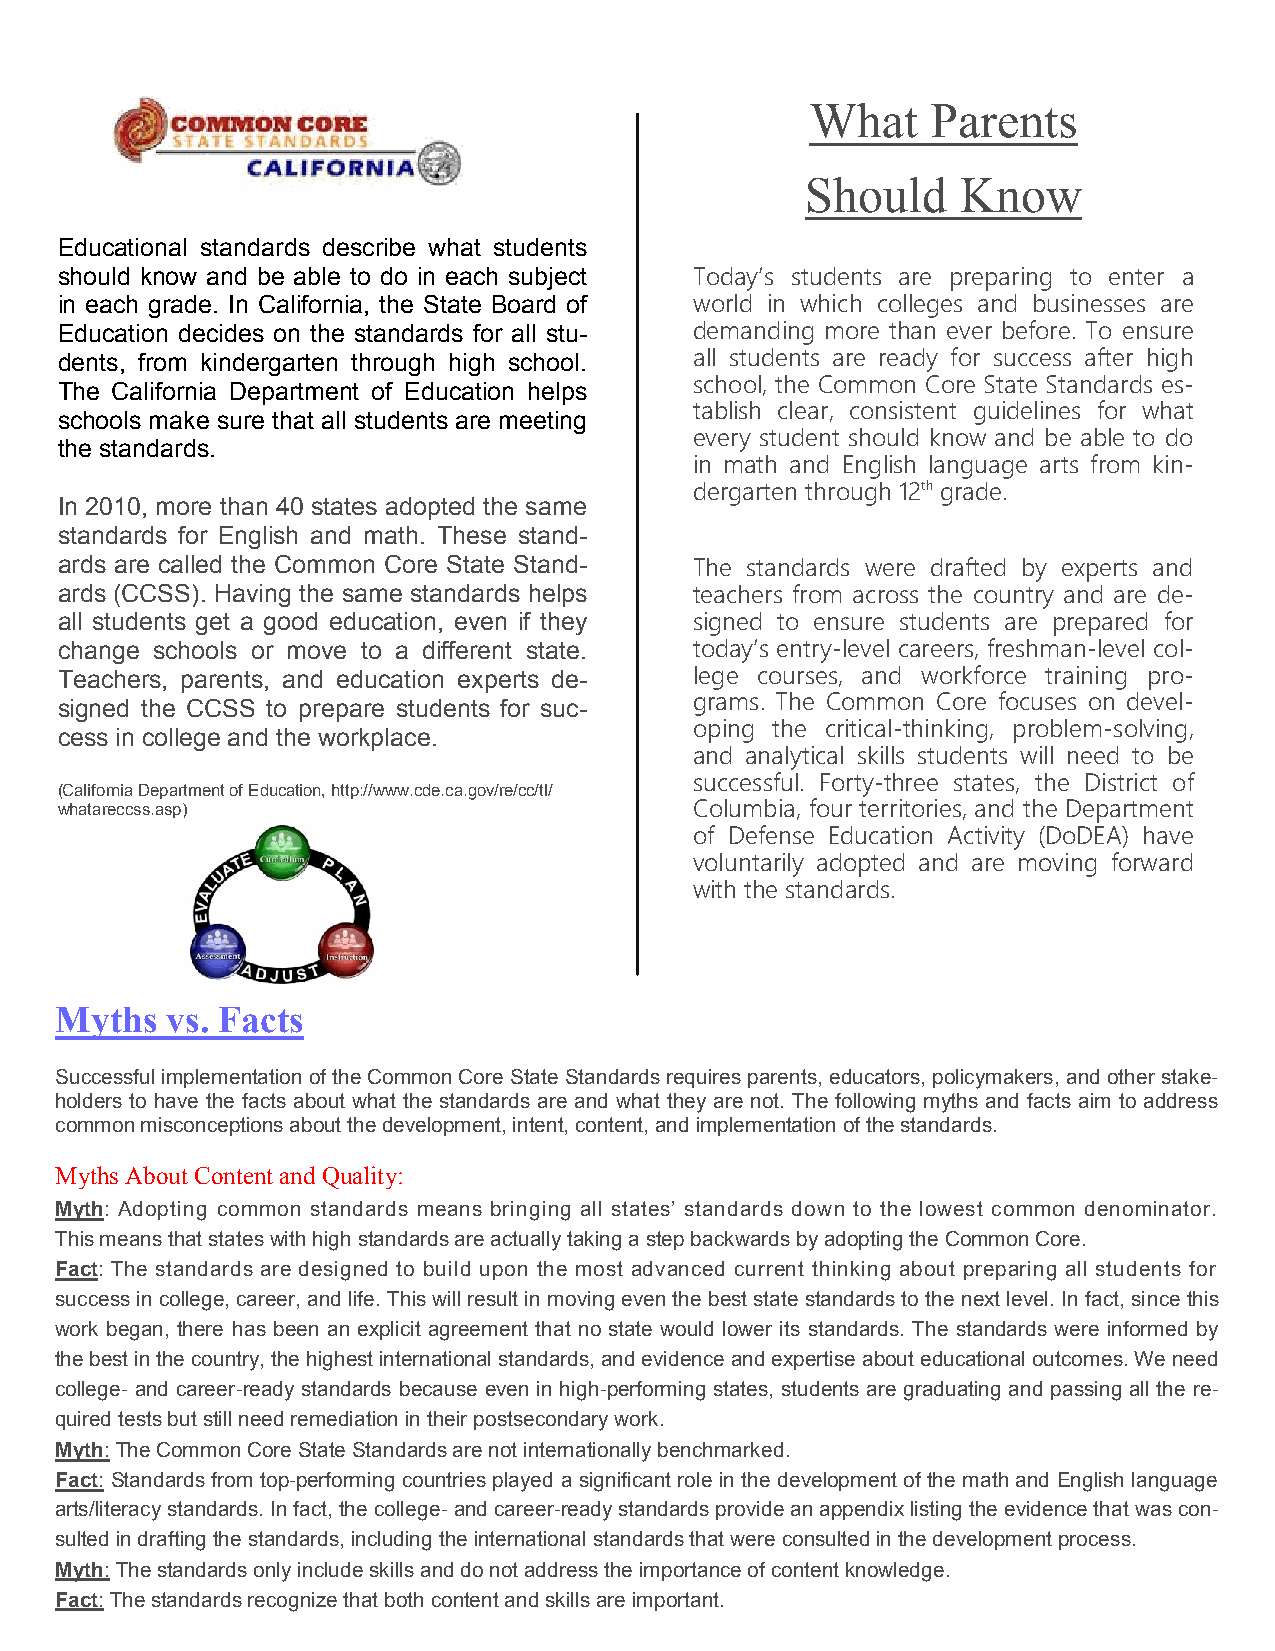
What    Parents
 Should     Know
 Educational standards describe what students
 should know and be able to do in each subject Today’s students are preparing to enter a
 in each grade. In California, the State Board of world in which colleges and businesses are
 Education decides on the standards for all stu- demanding more than ever before. To ensure
 dents, from kindergarten through high school. all students are ready for success after high
 school, the Common Core State Standards es-
 The California Department of Education helps
 tablish clear, consistent guidelines for what
 schools make sure that all students are meeting
 every student should know and be able to do
 the standards.
 in math and English language arts from kin-
 dergarten through 12th grade.
 In 2010, more than 40 states adopted the same
 standards for English and math. These stand-
 ards are called the Common Core State Stand- The standards were drafted by experts and
 ards (CCSS). Having the same standards helps teachers from across the country and are de-
 all students get a good education, even if they signed to ensure students are prepared for
 change schools or move to a different state. today’s entry-level careers, freshman-level col-
 Teachers, parents, and education experts de- lege courses, and workforce training pro-
 grams. The Common Core focuses on devel-
 signed the CCSS to prepare students for suc-
 oping the critical-thinking, problem-solving,
 cess in college and the workplace.
 and analytical skills students will need to be
 successful. Forty-three states, the District of
 (California Department of Education, http://www.cde.ca.gov/re/cc/tl/
 whatareccss.asp)                          Columbia, four territories, and the Department
 of Defense Education Activity (DoDEA) have
 voluntarily adopted and are moving forward
 with the standards.
 Myths  vs. Facts
 Successful implementation of the Common Core State Standards requires parents, educators, policymakers, and other stake-
 holders to have the facts about what the standards are and what they are not. The following myths and facts aim to address
 common misconceptions about the development, intent, content, and implementation of the standards.
 Myths About Content and Quality:
 Myth: Adopting common standards means bringing all states’ standards down to the lowest common denominator.
 This means that states with high standards are actually taking a step backwards by adopting the Common Core.
 Fact: The standards are designed to build upon the most advanced current thinking about preparing all students for
 success in college, career, and life. This will result in moving even the best state standards to the next level. In fact, since this
 work began, there has been an explicit agreement that no state would lower its standards. The standards were informed by
 the best in the country, the highest international standards, and evidence and expertise about educational outcomes. We need
 college- and career-ready standards because even in high‐performing states, students are graduating and passing all the re-
 quired tests but still need remediation in their postsecondary work.
 Myth: The Common Core State Standards are not internationally benchmarked.
 Fact: Standards from top-performing countries played a significant role in the development of the math and English language
 arts/literacy standards. In fact, the college- and career-ready standards provide an appendix listing the evidence that was con-
 sulted in drafting the standards, including the international standards that were consulted in the development process.
 Myth: The standards only include skills and do not address the importance of content knowledge.
 Fact: The standards recognize that both content and skills are important.